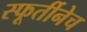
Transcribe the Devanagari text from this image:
स्फूर्तीनेच